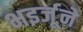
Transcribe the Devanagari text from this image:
भइर्जूने